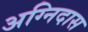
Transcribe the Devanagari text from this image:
अग्निदास